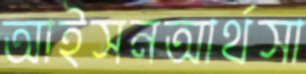
আইসনআর্থসা